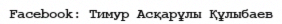
Facebook: Тимур Асқарұлы Құлыбаев